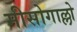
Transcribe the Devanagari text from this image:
मीसोगाल्लो